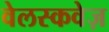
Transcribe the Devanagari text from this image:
वेलस्कवेज़